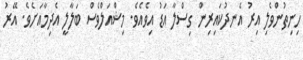
ހިނިތުންވެލި އިރު އެނދުކައިރިން ގިސްލާ އަޑު އިވެއެވެ. މިޝްއަލްވެސް ބަލާލީ އެދިމާއަށެވެ. އޭރު